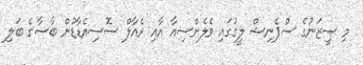
މި ސީޒަނުގެ ސްޕެނިޝް ލީގުގައި ވެލެންސިއާ އާއި ރެއާލް ސޮސިއެޑާޑުން ބާސާގެ ބަލި